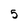
Character: 5